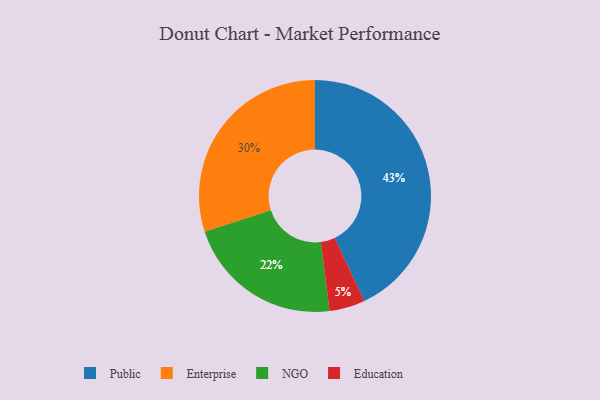
{"axis": {"x": "Category", "y": "Percentage"}, "legend": ["Education", "Enterprise", "NGO", "Public"], "data": [{"x": "NGO", "y": 22, "type": "NGO"}, {"x": "Public", "y": 43, "type": "Public"}, {"x": "Enterprise", "y": 30, "type": "Enterprise"}, {"x": "Education", "y": 5, "type": "Education"}]}